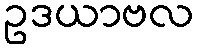
ဥဒယာဗလ